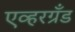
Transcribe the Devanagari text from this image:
एव्हरग्रँड